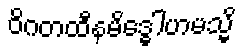
ဝိဂတထီနမိဒ္ဓေါဟမသ္မိ